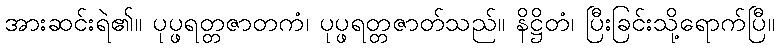
အားဆင်းရဲ၏။ ပုပ္ဖရတ္တဇာတကံ၊ ပုပ္ဖရတ္တဇာတ်သည်။ နိဋ္ဌိတံ၊ ပြီးခြင်းသို့ရောက်ပြီ။